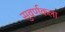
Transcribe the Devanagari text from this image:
सुवर्णकला